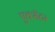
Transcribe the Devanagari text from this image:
एक्सॅटर